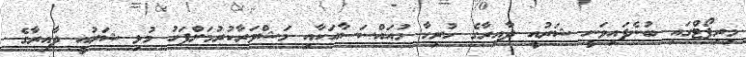
މިރިޕޯޓްގައި ބުނެފައިވަނީ ޝަރުއީ ދާއިރާގެ ހުރިހާ މުއައްސަސާއަކާއި މަޝްވަރާކުރުމަށްފަހު މުޅި ޝަރުއީ ދާއިރާގެ